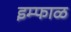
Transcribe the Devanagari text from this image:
इम्फाळ